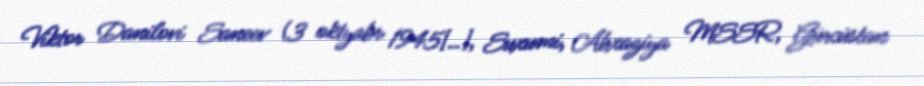
Viktor Danilovi Saneev (3 oktyabr 1945[…], Suxumi, Abxaziya MSSR, Gürcüstan